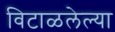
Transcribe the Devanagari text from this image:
विटाळलेल्या